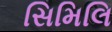
સિમિલિ